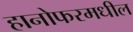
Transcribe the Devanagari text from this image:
हानोफरमधील